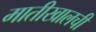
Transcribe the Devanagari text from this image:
मातीखालची